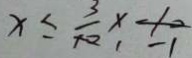
x \leq \frac { 3 } { 1 0 } \times - 1 0